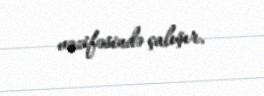
vəzifəsində çalışır.